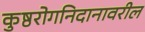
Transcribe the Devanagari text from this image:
कुष्ठरोगनिदानावरील